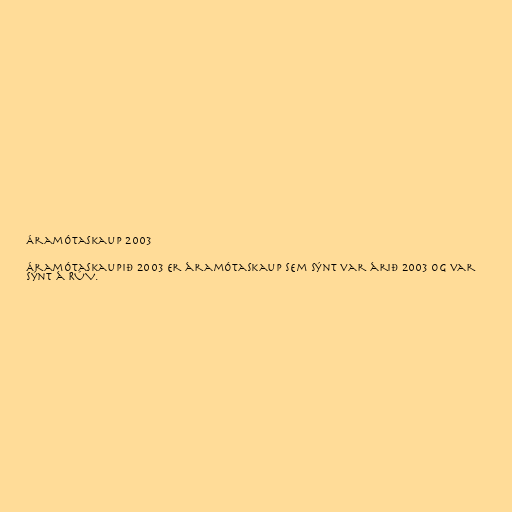
Áramótaskaup 2003

Áramótaskaupið 2003 er áramótaskaup sem sýnt var árið 2003 og var
sýnt á RÚV.